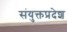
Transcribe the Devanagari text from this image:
संयुक्तप्रदेश